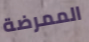
الممرضة